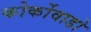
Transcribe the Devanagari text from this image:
कोर्कोवाडो